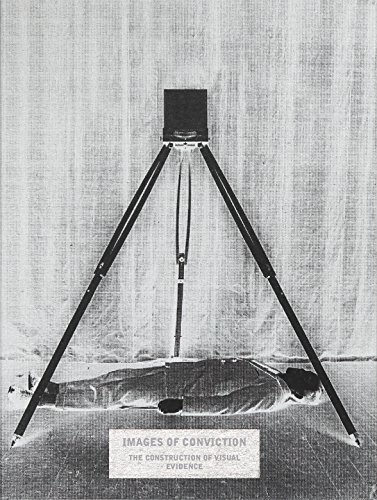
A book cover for Images of Conviction: The Construction of Visual Evidence; Christian Delage; Arts & Photography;